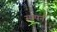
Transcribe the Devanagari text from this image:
सम्पर्न